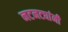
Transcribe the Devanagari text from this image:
नटनट्यांनी